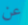
عن